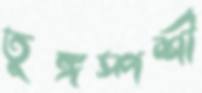
তুঙ্গস্পর্শী